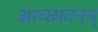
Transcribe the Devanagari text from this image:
आच्छादनम्‌